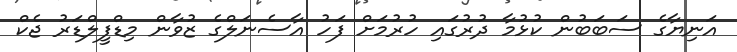
އަނިޔާގެ ސަބަބުން ކުޅުމާ ދުރުގައި ހުރުމަށް ފަހު އާސެނަލްގެ ޒުވާން މިޑްފީލްޑަރު ޖެކް